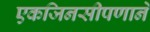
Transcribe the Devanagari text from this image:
एकजिनसीपणाने